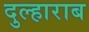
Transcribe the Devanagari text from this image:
दुल्हाराब